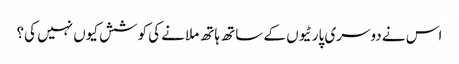
اس نے دوسری پارٹیوں کے ساتھ ہاتھ ملانے کی کوشش کیوں نہیں کی؟